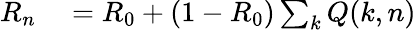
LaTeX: \begin{array}{rl}{R_{n}}&{{}=R_{0}+(1-R_{0})\sum_{k}Q(k,n)}\end{array}